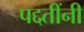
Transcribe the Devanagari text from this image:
पद्दतींनी